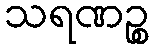
သရဏဉ္စ